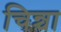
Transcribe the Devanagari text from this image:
चिन्चा